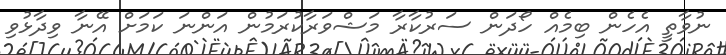
ނުވާތީ އެހެން ބިމެއް ހޯދަން ސަރުކާރާ މަޝްވަރާކުރަމުން އަންނަ ކަމަށް އޭނާ ވިދާޅުވި